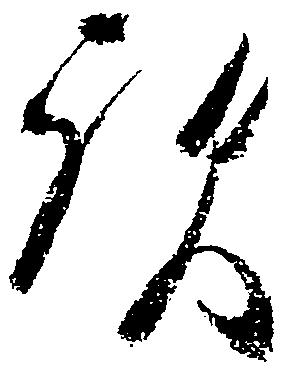
歟